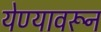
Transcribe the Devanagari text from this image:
येण्यावरून